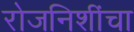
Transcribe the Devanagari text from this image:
रोजनिशींचा